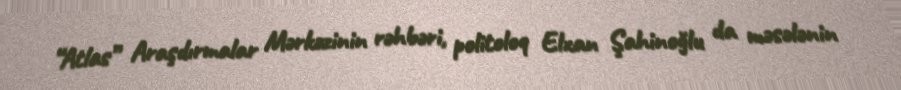
“Atlas” Araşdırmalar Mərkəzinin rəhbəri, politoloq Elxan Şahinoğlu da məsələnin